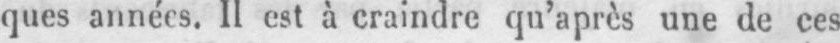
ques années. Il est à craindre qu’après une de ces